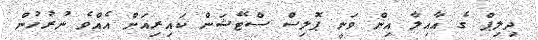
ދިލިޕް ގެ އާއިލާ އިން ވަނީ ޕޮލިސް ސްޓޭޝަން ކައިރިއަށް އެއްވެ ނުރުހުން